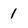
Character: 1